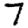
Digit: 7